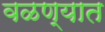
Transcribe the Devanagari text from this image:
वळण्यात